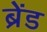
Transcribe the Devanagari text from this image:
ब्रेंड